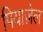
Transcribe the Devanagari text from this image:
पियाज़ेल